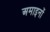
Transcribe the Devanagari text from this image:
अमाइनों